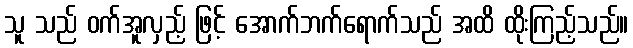
သူ သည် ဝက်အူလှည့် ဖြင့် အောက်ဘက်ရောက်သည် အထိ ထိုးကြည့်သည်။